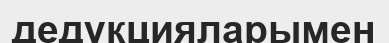
дедукцияларымен